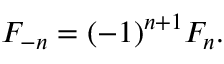
F _ { - n } = ( - 1 ) ^ { n + 1 } F _ { n } .